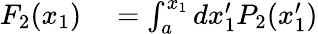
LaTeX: \begin{array}{rl}{F_{2}(x_{1})}&{{}=\int_{a}^{x_{1}}dx_{1}^{\prime}P_{2}(x_{1}^{\prime})}\end{array}